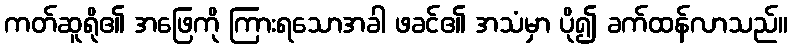
ကတ်ဆူရို၏ အဖြေကို ကြားရသောအခါ ဖခင်၏ အသံမှာ ပို၍ ခက်ထန်လာသည်။